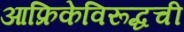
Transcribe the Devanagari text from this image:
आफ्रिकेविरूद्धची